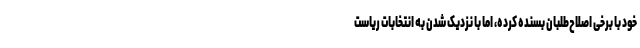
خود با برخی اصلاح‌طلبان بسنده کرده، اما با نزدیک شدن به انتخابات ریاست